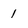
Character: 1